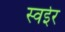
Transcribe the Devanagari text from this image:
स्वईर